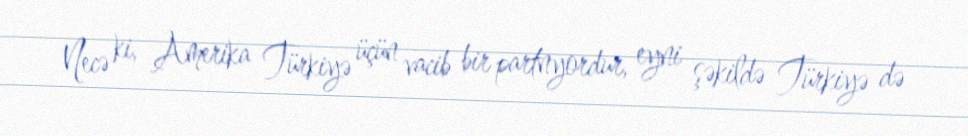
Necə ki, Amerika Türkiyə üçün vacib bir partnyordur, eyni şəkildə Türkiyə də